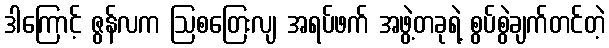
ဒါကြောင့် ဇွန်လက ဩစတြေးလျ အရပ်ဖက် အဖွဲ့တခုရဲ့ စွပ်စွဲချက်တင်တဲ့